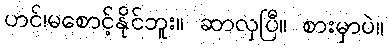
ဟင်၊မစောင့်နိုင်ဘူး။ ဆာလှပြီ။ စားမှာပဲ။